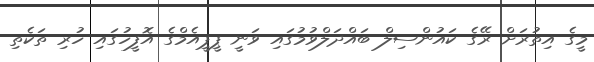
މީގެ އިތުރަށް ރޭގެ ކައުންސިލް ބައްދަލްވުމުގައި ވަނީ ޕީޕީއެމްގެ އޮފީހުގައި ހުރި ތަކެތި